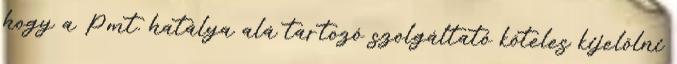
hogy a Pmt. hatálya alá tartozó szolgáltató köteles kijelölni